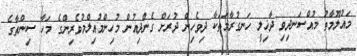
މައުލޫމާތު މުއްސަނދިވި ދާޚިލީ ހަނގުރާމަތަކާ ދިވެހިން ދުރަށް ގެންދިއުން މުހިންމުއިލްމުވެރިންގެ މަހާ ސިންތާގެ